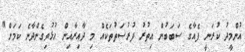
އުންމީދު ކުރަނީ ފެއާގެ ސަބަބުން އިތުރު ފުރުސަތުތަކެއް މި ދާއިރާއިން ހުޅުވިގެންދާނެ ކަމަށް"